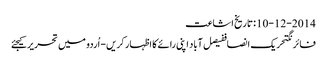
10-12-2014 :تاریخ اشاعت
فائرنگتحریک انصاففیصل آباد اپنی رائے کا اظہار کریں - اُردو میں تحریر کیجئے